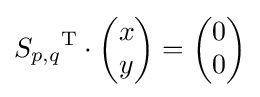
{S_{p,q}}^{\mathrm {T} }\cdot {\begin{pmatrix}x\\y\end{pmatrix}}={\begin{pmatrix}0\\0\end{pmatrix}}